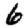
Digit: 6